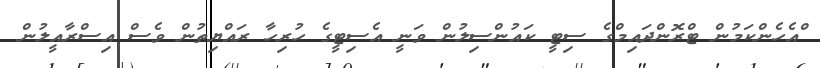
ްއެހެންކަމުން ޓްރޮންދައިމްގެ ސިޓީ ކައުންސިލުން ވަނީ އެސިޓީގެ ހުރިހާ ރައްޔިތުން ވެސް އިސްރާއީލުން